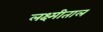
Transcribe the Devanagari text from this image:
लक्ष्मीताल